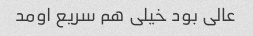
عالی بود خیلی هم سریع اومد